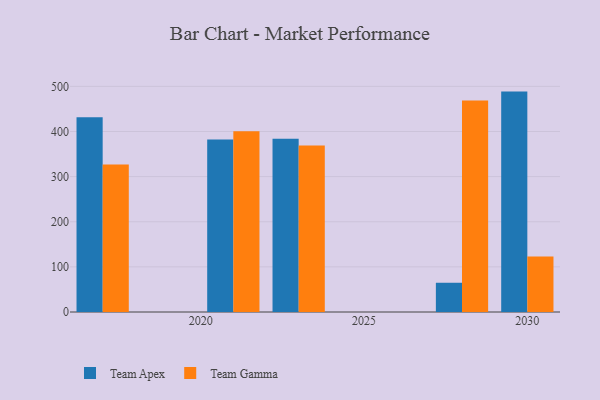
{"axis": {"x": "Year", "y": "Page Views"}, "legend": ["Team Apex", "Team Gamma"], "data": [{"x": "2017", "y": 431.8, "type": "Team Apex"}, {"x": "2017", "y": 326.9, "type": "Team Gamma"}, {"x": "2023", "y": 383.9, "type": "Team Apex"}, {"x": "2023", "y": 368.8, "type": "Team Gamma"}, {"x": "2021", "y": 382.4, "type": "Team Apex"}, {"x": "2021", "y": 400.7, "type": "Team Gamma"}, {"x": "2028", "y": 64.8, "type": "Team Apex"}, {"x": "2028", "y": 468.9, "type": "Team Gamma"}, {"x": "2030", "y": 488.4, "type": "Team Apex"}, {"x": "2030", "y": 123.1, "type": "Team Gamma"}]}